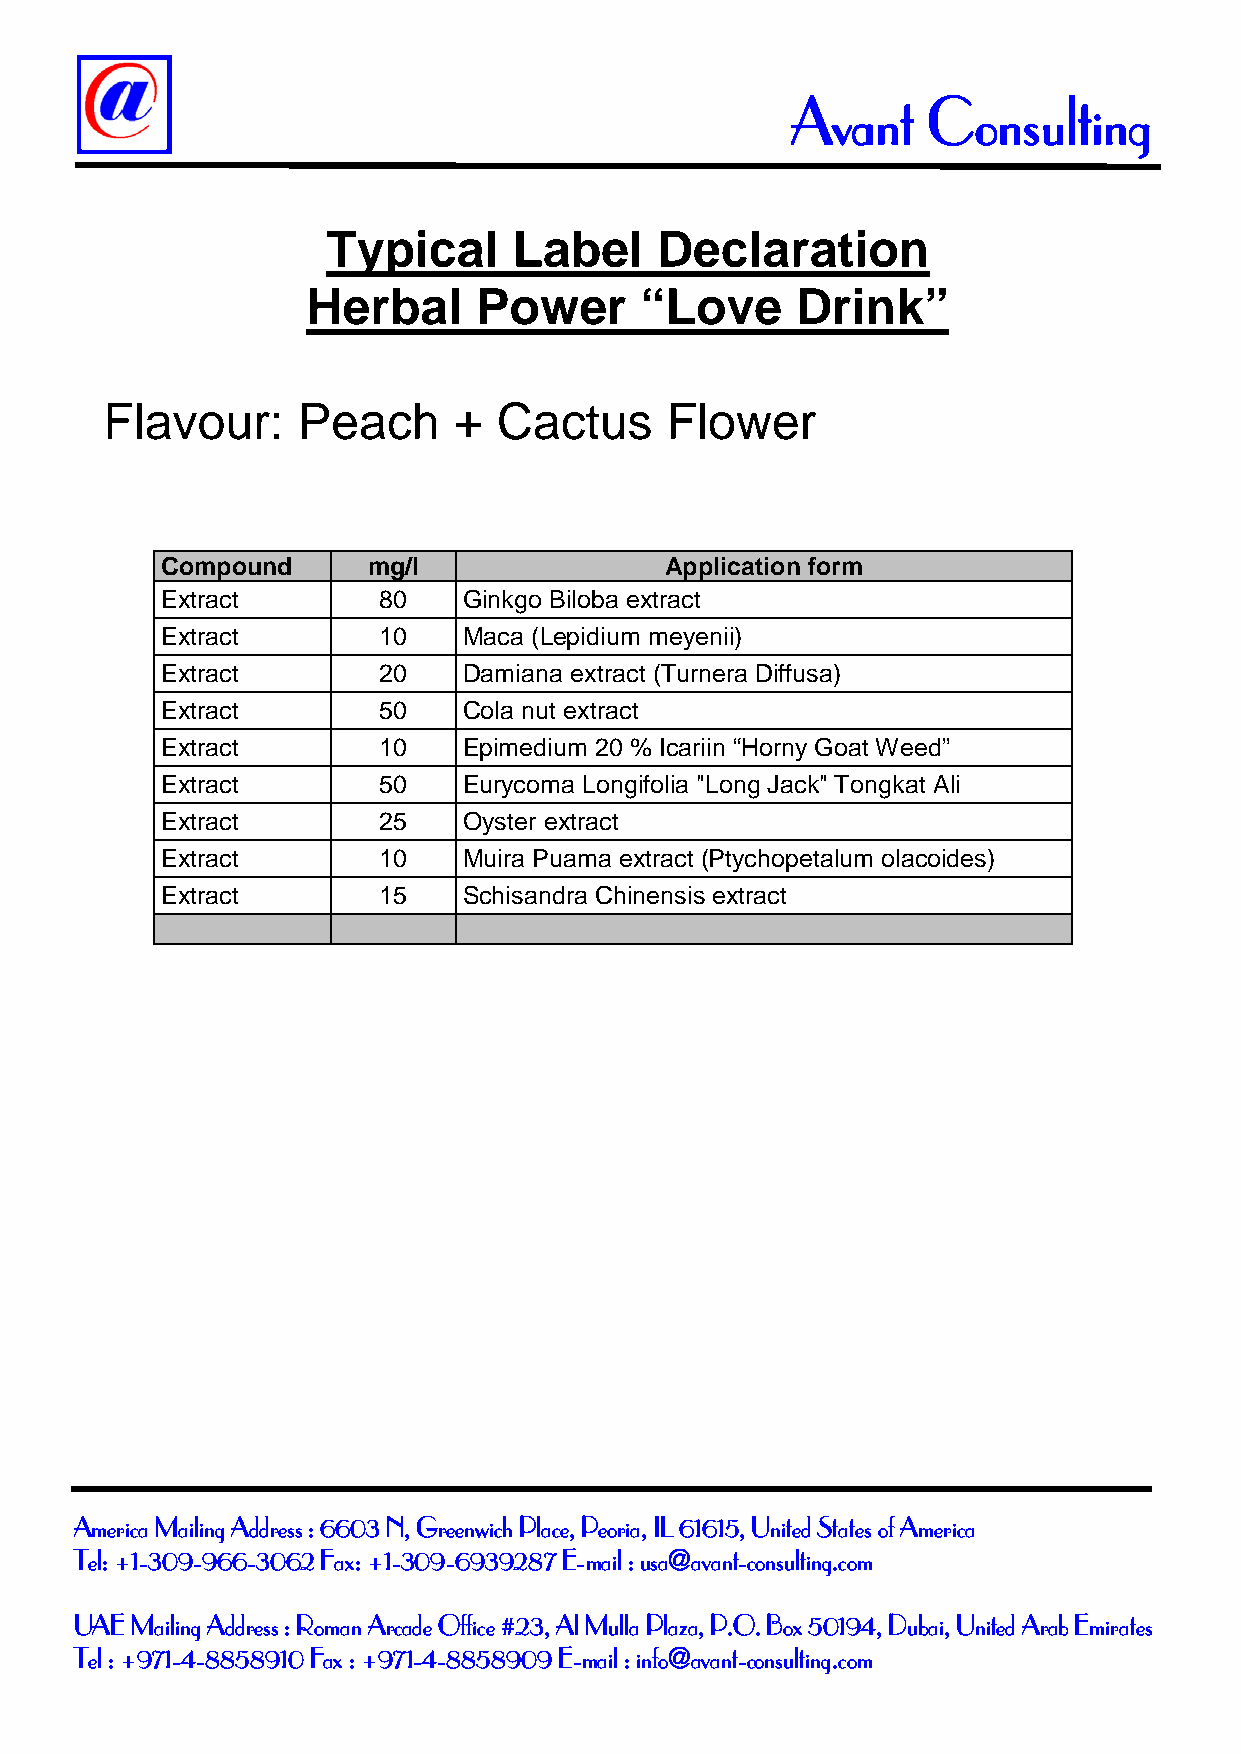
Avant    Consulting
 Typical     Label    Declaration
 Herbal      Power     “Love      Drink”
 Flavour:     Peach     +  Cactus     Flower
 Compound     mg/l                Application form
 Extract       80    Ginkgo Biloba extract
 Extract       10    Maca (Lepidium meyenii)
 Extract       20    Damiana extract (Turnera Diffusa)
 Extract       50    Cola nut extract
 Extract       10    Epimedium 20 % Icariin “Horny Goat Weed”
 Extract       50    Eurycoma Longifolia "Long Jack" Tongkat Ali
 Extract       25    Oyster extract
 Extract       10    Muira Puama extract (Ptychopetalum olacoides)
 Extract       15    Schisandra Chinensis extract
 America Mailing Address : 6603 N, Greenwich Place, Peoria, IL 61615, United States of America
 Tel: +1-309-966-3062 Fax: +1-309-6939287 E-mail : usa@avant-consulting.com
 UAE Mailing Address : Roman Arcade Office #23, Al Mulla Plaza, P.O. Box 50194, Dubai, United Arab Emirates
 Tel : +971-4-8858910 Fax : +971-4-8858909 E-mail : info@avant-consulting.com